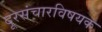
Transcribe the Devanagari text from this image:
दूरसंचारविषयक